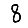
Digit: 8